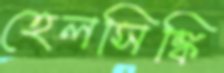
হেলসিঙ্কি